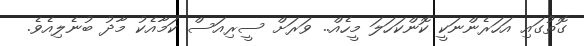
ގޮތުގައި އަހަރެންނަކީ ކޮންކަހަލަ މީހެއް.. ވަރަށް ސީރިއަސް ކަމާއެކު މާދު ބުނެލިއެވެ.